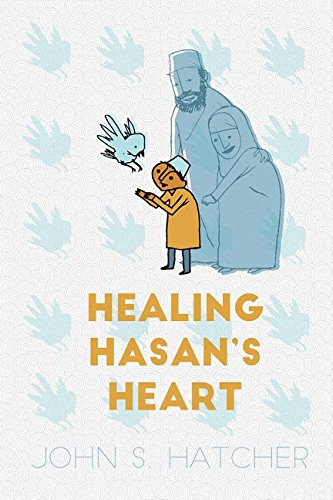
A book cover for Healing Hasan's Heart; John Hatcher; Teen & Young Adult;